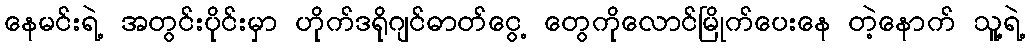
နေမင်းရဲ့ အတွင်းပိုင်းမှာ ဟိုက်ဒရိုဂျင်ဓာတ်ငွေ့ တွေကိုလောင်မြိုက်ပေးနေ တဲ့နောက် သူ့ရဲ့